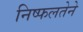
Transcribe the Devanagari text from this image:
निष्फलतेने